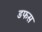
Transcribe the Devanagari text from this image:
डफस